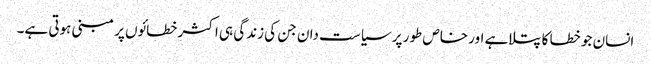
انسان جو خطا کا پتلاہے اور خاص طور پر سیاست دان جن کی زندگی ہی اکثر خطائوں پر مبنی ہوتی ہے۔